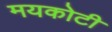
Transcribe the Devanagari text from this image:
मयकोटी